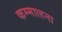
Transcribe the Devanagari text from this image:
कम्मालना